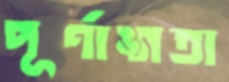
পূর্ণাঙ্গতা